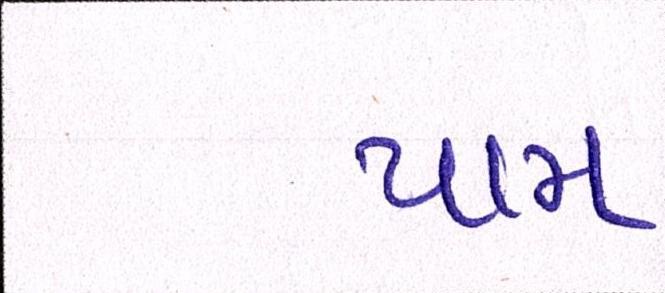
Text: પામ